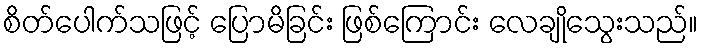
စိတ်ပေါက်သဖြင့် ပြောမိခြင်း ဖြစ်ကြောင်း လေချိုသွေးသည်။